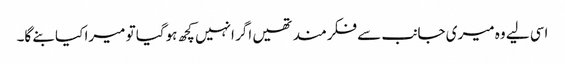
اسی لیے وہ میری جانب سے فکرمند تھیں اگر انہیں کچھ ہوگیا تو میرا کیا بنے گا۔